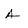
Character: A